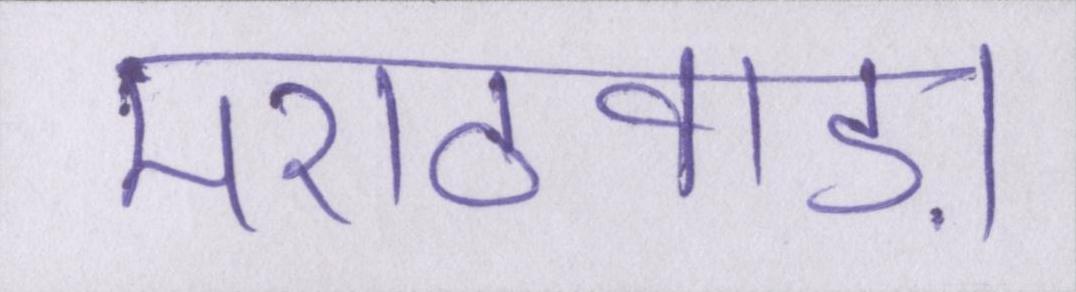
मराठवाड़ा